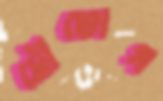
মৌভোগ